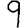
Digit: 9